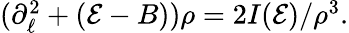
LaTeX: \begin{array}{r}{(\partial_{\ell}^{2}+(\mathcal{E}-B))\rho=2I(\mathcal{E})/\rho^{3}.}\end{array}